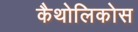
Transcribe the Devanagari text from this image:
कैथोलिकोस